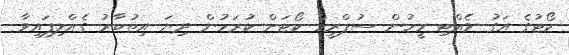
ކޯޓުގެ އަގު ވެއްޓި މީހުން ސުޕްރީމް ކޯޓަށް ކުރަމުން ދިޔަ އިތުބާރު ގެއްލިފައިވާ